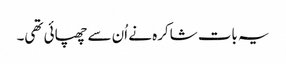
یہ بات شاکرہ نے اُن سے چھپائی تھی۔